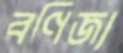
বণিজ্য